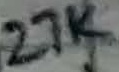
Text: 27K